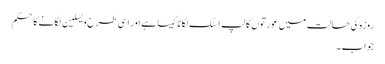
روزہ کی حالت میں عورتوں کا لپ اسٹک لگانا کیسا ہے اور اسی طرح ویسلین لگانےکا حکم
جواب۔